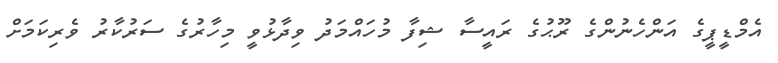
އެމްޑީޕީގެ އަންހެނުންގެ ރޫޙުގެ ރައީސާ ޝިފާ މުހައްމަދު ވިދާޅުވީ މިހާރުގެ ސަރުކާރު ވެރިކަމަށް